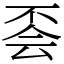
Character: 𠀾